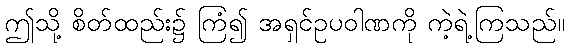
ဤသို့ စိတ်ထည်း၌ ကြံ၍ အရှင်ဥပဝါဏကို ကဲ့ရဲ့ကြသည်။